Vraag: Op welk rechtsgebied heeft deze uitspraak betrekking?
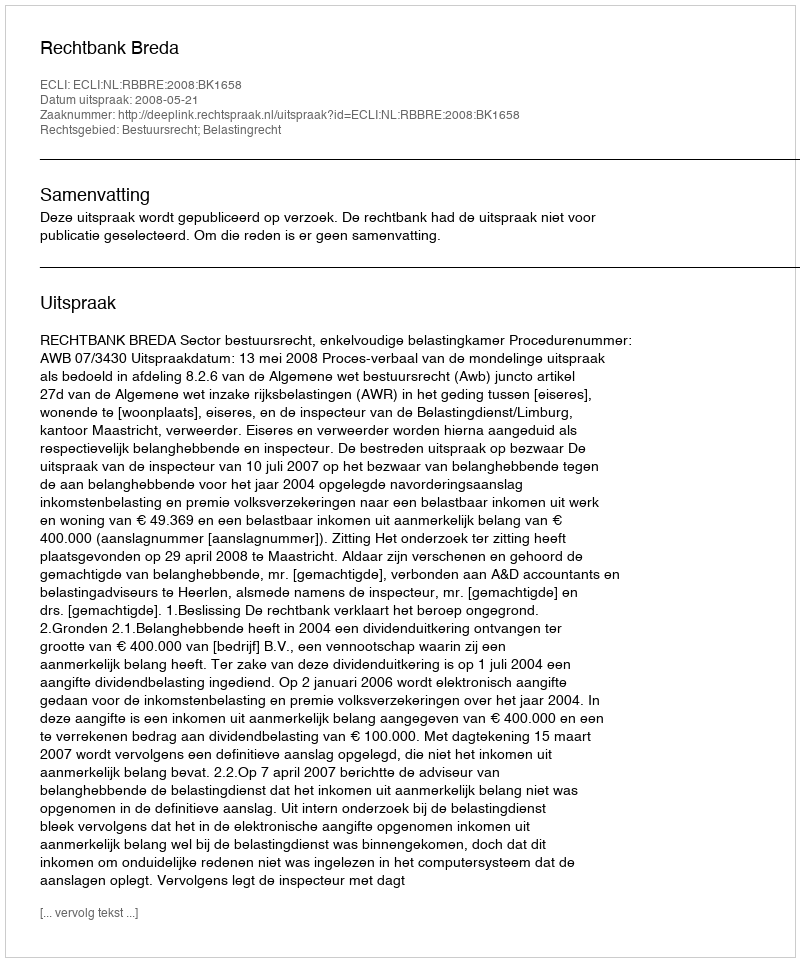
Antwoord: Bestuursrecht; Belastingrecht